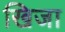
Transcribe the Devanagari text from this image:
खिजा